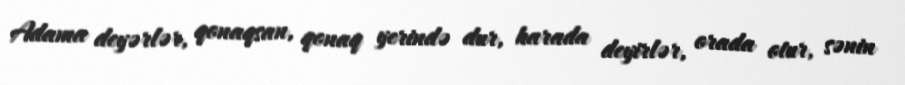
Adama deyərlər, qonaqsan, qonaq yerində dur, harada deyirlər, orada otur, sənin